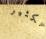
الكثير